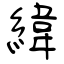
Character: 緯